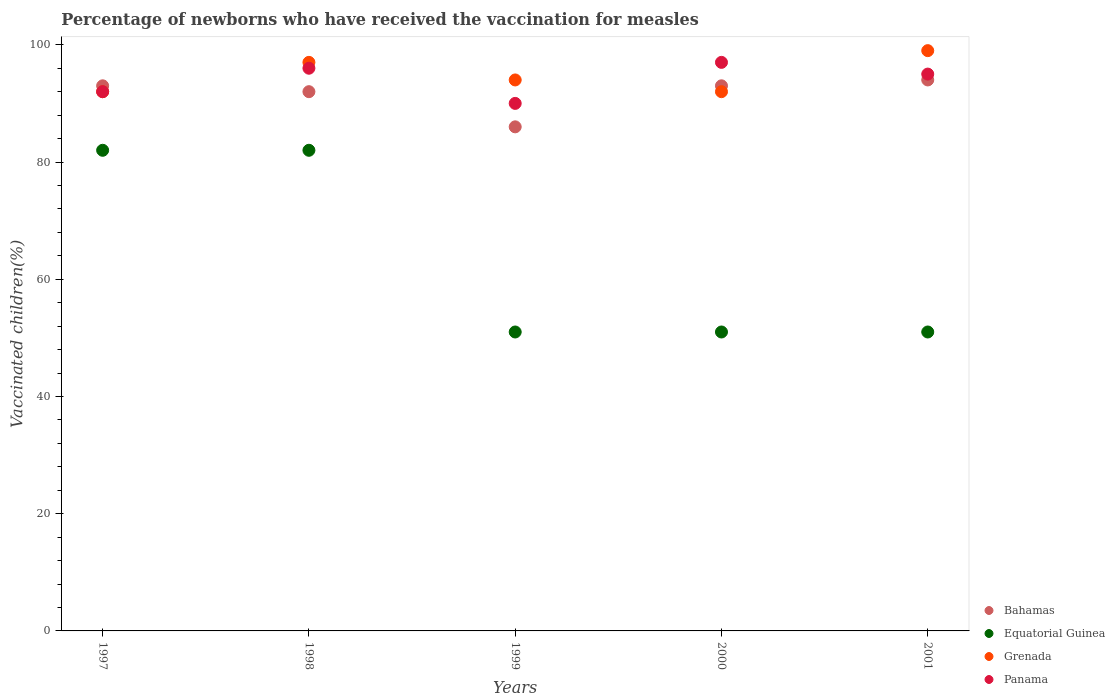
| Years | Bahamas | Equatorial Guinea | Grenada | Panama |
 | --- | --- | --- | --- | --- |
 | 1997 | 93 | 82 | 92 | 92 |
 | 1998 | 92 | 82 | 97 | 96 |
 | 1999 | 86 | 51 | 94 | 90 |
 | 2000 | 93 | 51 | 92 | 97 |
 | 2001 | 94 | 51 | 99 | 95 |